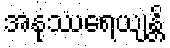
အနုဿရေယျန္တိ